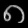
Digit: ၈